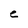
Character: e